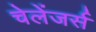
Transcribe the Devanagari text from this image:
चेलेंजर्स